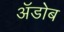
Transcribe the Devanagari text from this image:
अॅडोब